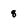
Character: 8